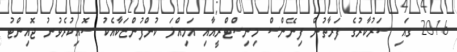
2016 ގައި ސަރުކާރުގެ ފަރާތުން ފިނޭންސް މިނިސްޓްރީއާއި އަމިއްލަ ކުންފުންޏަކާއެކު ސޮއިކުރެވުނު ޖޮއިންޓު